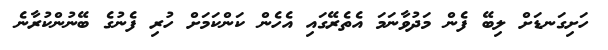
ހަށިގަނޑަށް ލިބޭ ފެން މަދުވާނަމަ އެތެރޭގައި އެހެން ކަންކަމަށް ހުރި ފެނުގެ ބޭނުންކުރާނެ